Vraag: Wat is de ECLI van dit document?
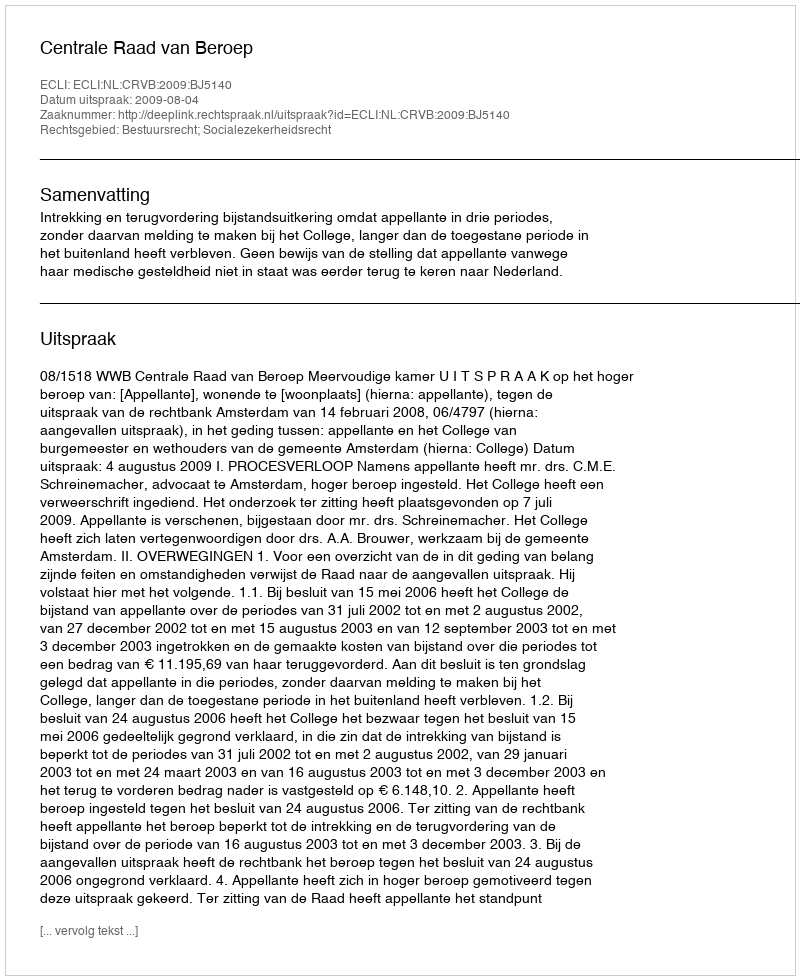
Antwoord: ECLI:NL:CRVB:2009:BJ5140